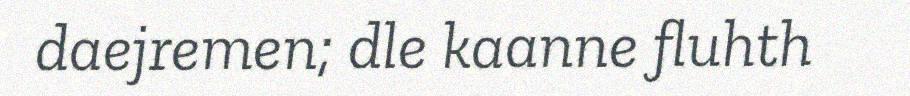
daejremen; dle kaanne fluhth